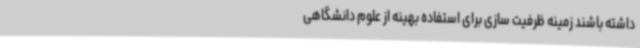
داشته باشند زمینه ظرفیت‌ سازی برای استفاده بهینه از علوم دانشگاهی